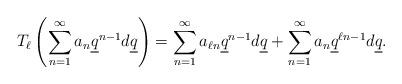
LaTeX: \begin{align*} T_\ell \left( \sum_{n=1}^\infty a_n \underline{q}^{n-1} d \underline{q} \right) = \sum_{n = 1}^\infty a_{\ell n} \underline{q}^{n-1}d \underline{q} + \sum_{n=1}^\infty a_n \underline{q}^{\ell n-1} d\underline{q}. \end{align*}